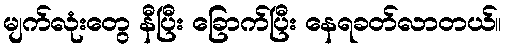
မျက်လုံးတွေ နီပြီး ခြောက်ပြီး နေရခတ်လာတယ်။